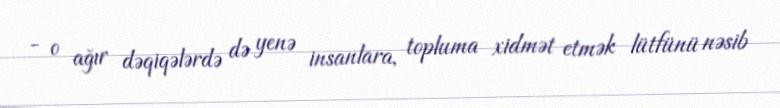
- o ağır dəqiqələrdə də yenə insanlara, topluma xidmət etmək lütfünü nəsib